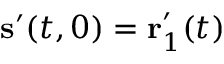
\mathbf { s } ^ { \prime } ( t , 0 ) = \mathbf { r } _ { 1 } ^ { \prime } ( t )